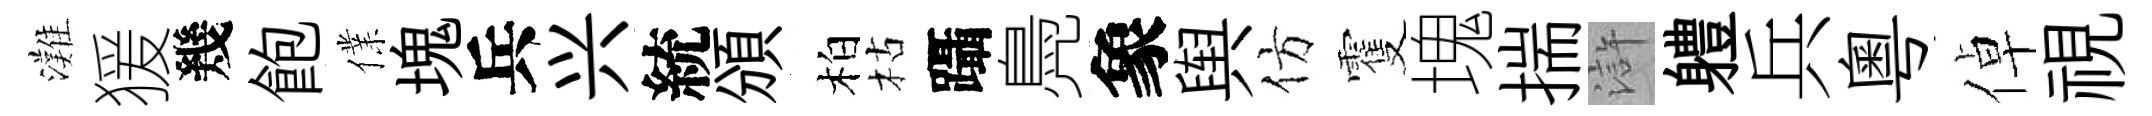
灘猨幾飽㒒塊兵兴統頒柏枯躡鳧象舆仿䨥塊揣滸軆兵粵倬視